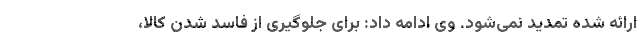
ارائه شده تمدید نمی‌شود. وی ادامه داد: برای جلوگیری از فاسد شدن کالا،